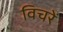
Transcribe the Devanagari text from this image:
विचरें